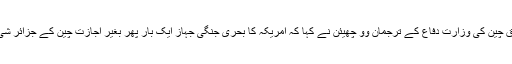
چائنہ ریڈیو انٹرنیشنل کے مطابق چین کی وزارت دفاع کے ترجمان وو چھیئن نے کہا کہ امریکہ کا بحری جنگی جہاز ایک بار پھر بغیر اجازت چین کے جزائر شی شا کی حدود میں داخل ہو ا ہے۔